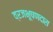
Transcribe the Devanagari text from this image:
व्रजभूषणदास